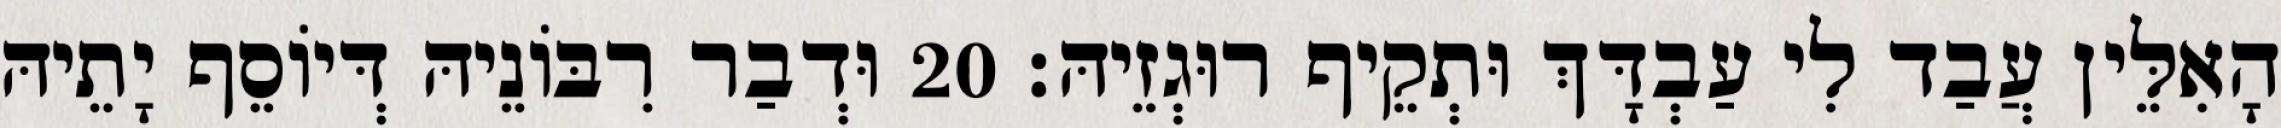
הָאִלֵּין עֲבַד לִי עַבְדָּךְ וּתְקֵיף רוּגְזֵיהּ׃ 20 וּדְבַר רִבּוֹנֵיהּ דְּיוֹסֵף יָתֵיהּ